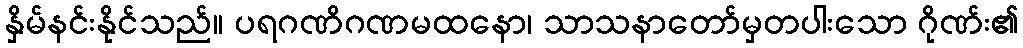
နှိမ်နင်းနိုင်သည်။ ပရဂဏိဂဏမထနော၊ သာသနာတော်မှတပါးသော ဂိုဏ်း၏